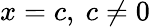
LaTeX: x=c,\ c\neq 0